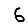
Digit: 6